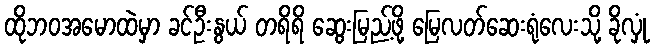
ထိုဘဝအမောထဲမှာ ခင်ဦးနွယ် တရိရိ ဆွေးမြည့်ဖို့ မြေလတ်ဆေးရုံလေးသို့ ခိုလှုံ